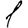
Digit: 1